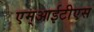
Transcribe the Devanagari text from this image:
एम्आईटीएस